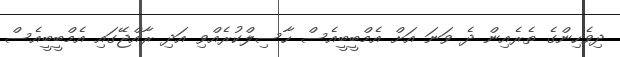
ދިވެހިންގެ ތެރެއިން ދެ ވަނަ އަށް އެމްބީބީއެސް ހާސިލްކުރެއްވި އަދި ރާއްޖޭގައި އެމްބީބީއެސް